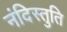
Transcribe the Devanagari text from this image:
नंदिस्तुति